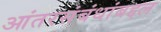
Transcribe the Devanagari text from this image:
आंतरसंबंधांबद्दल